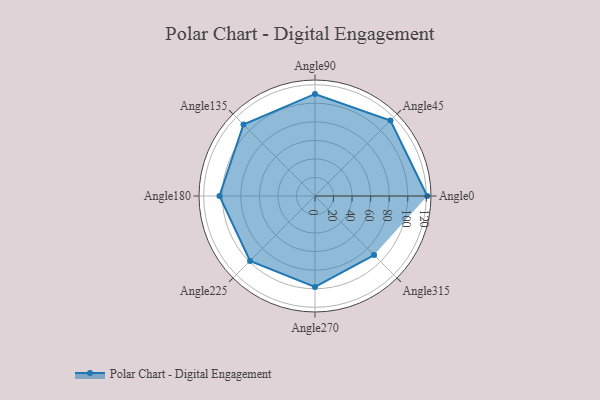
{"axis": {"x": "Angle", "y": "Radius"}, "legend": [""], "data": [{"x": "Angle0", "y": 121.0, "type": ""}, {"x": "Angle45", "y": 115.0, "type": ""}, {"x": "Angle90", "y": 110.0, "type": ""}, {"x": "Angle135", "y": 109.0, "type": ""}, {"x": "Angle180", "y": 103.0, "type": ""}, {"x": "Angle225", "y": 99.0, "type": ""}, {"x": "Angle270", "y": 98.0, "type": ""}, {"x": "Angle315", "y": 90.0, "type": ""}]}